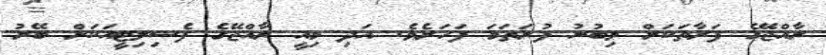
ރާއްޖޭގެ ފަރާތަކަށް ލިބުނު ފުރަތަމަ ފަހަރެވެ. އަދި މިއީ ރާއްޖޭގެ ފެސިލިޓީއަކަށް ބޭރު